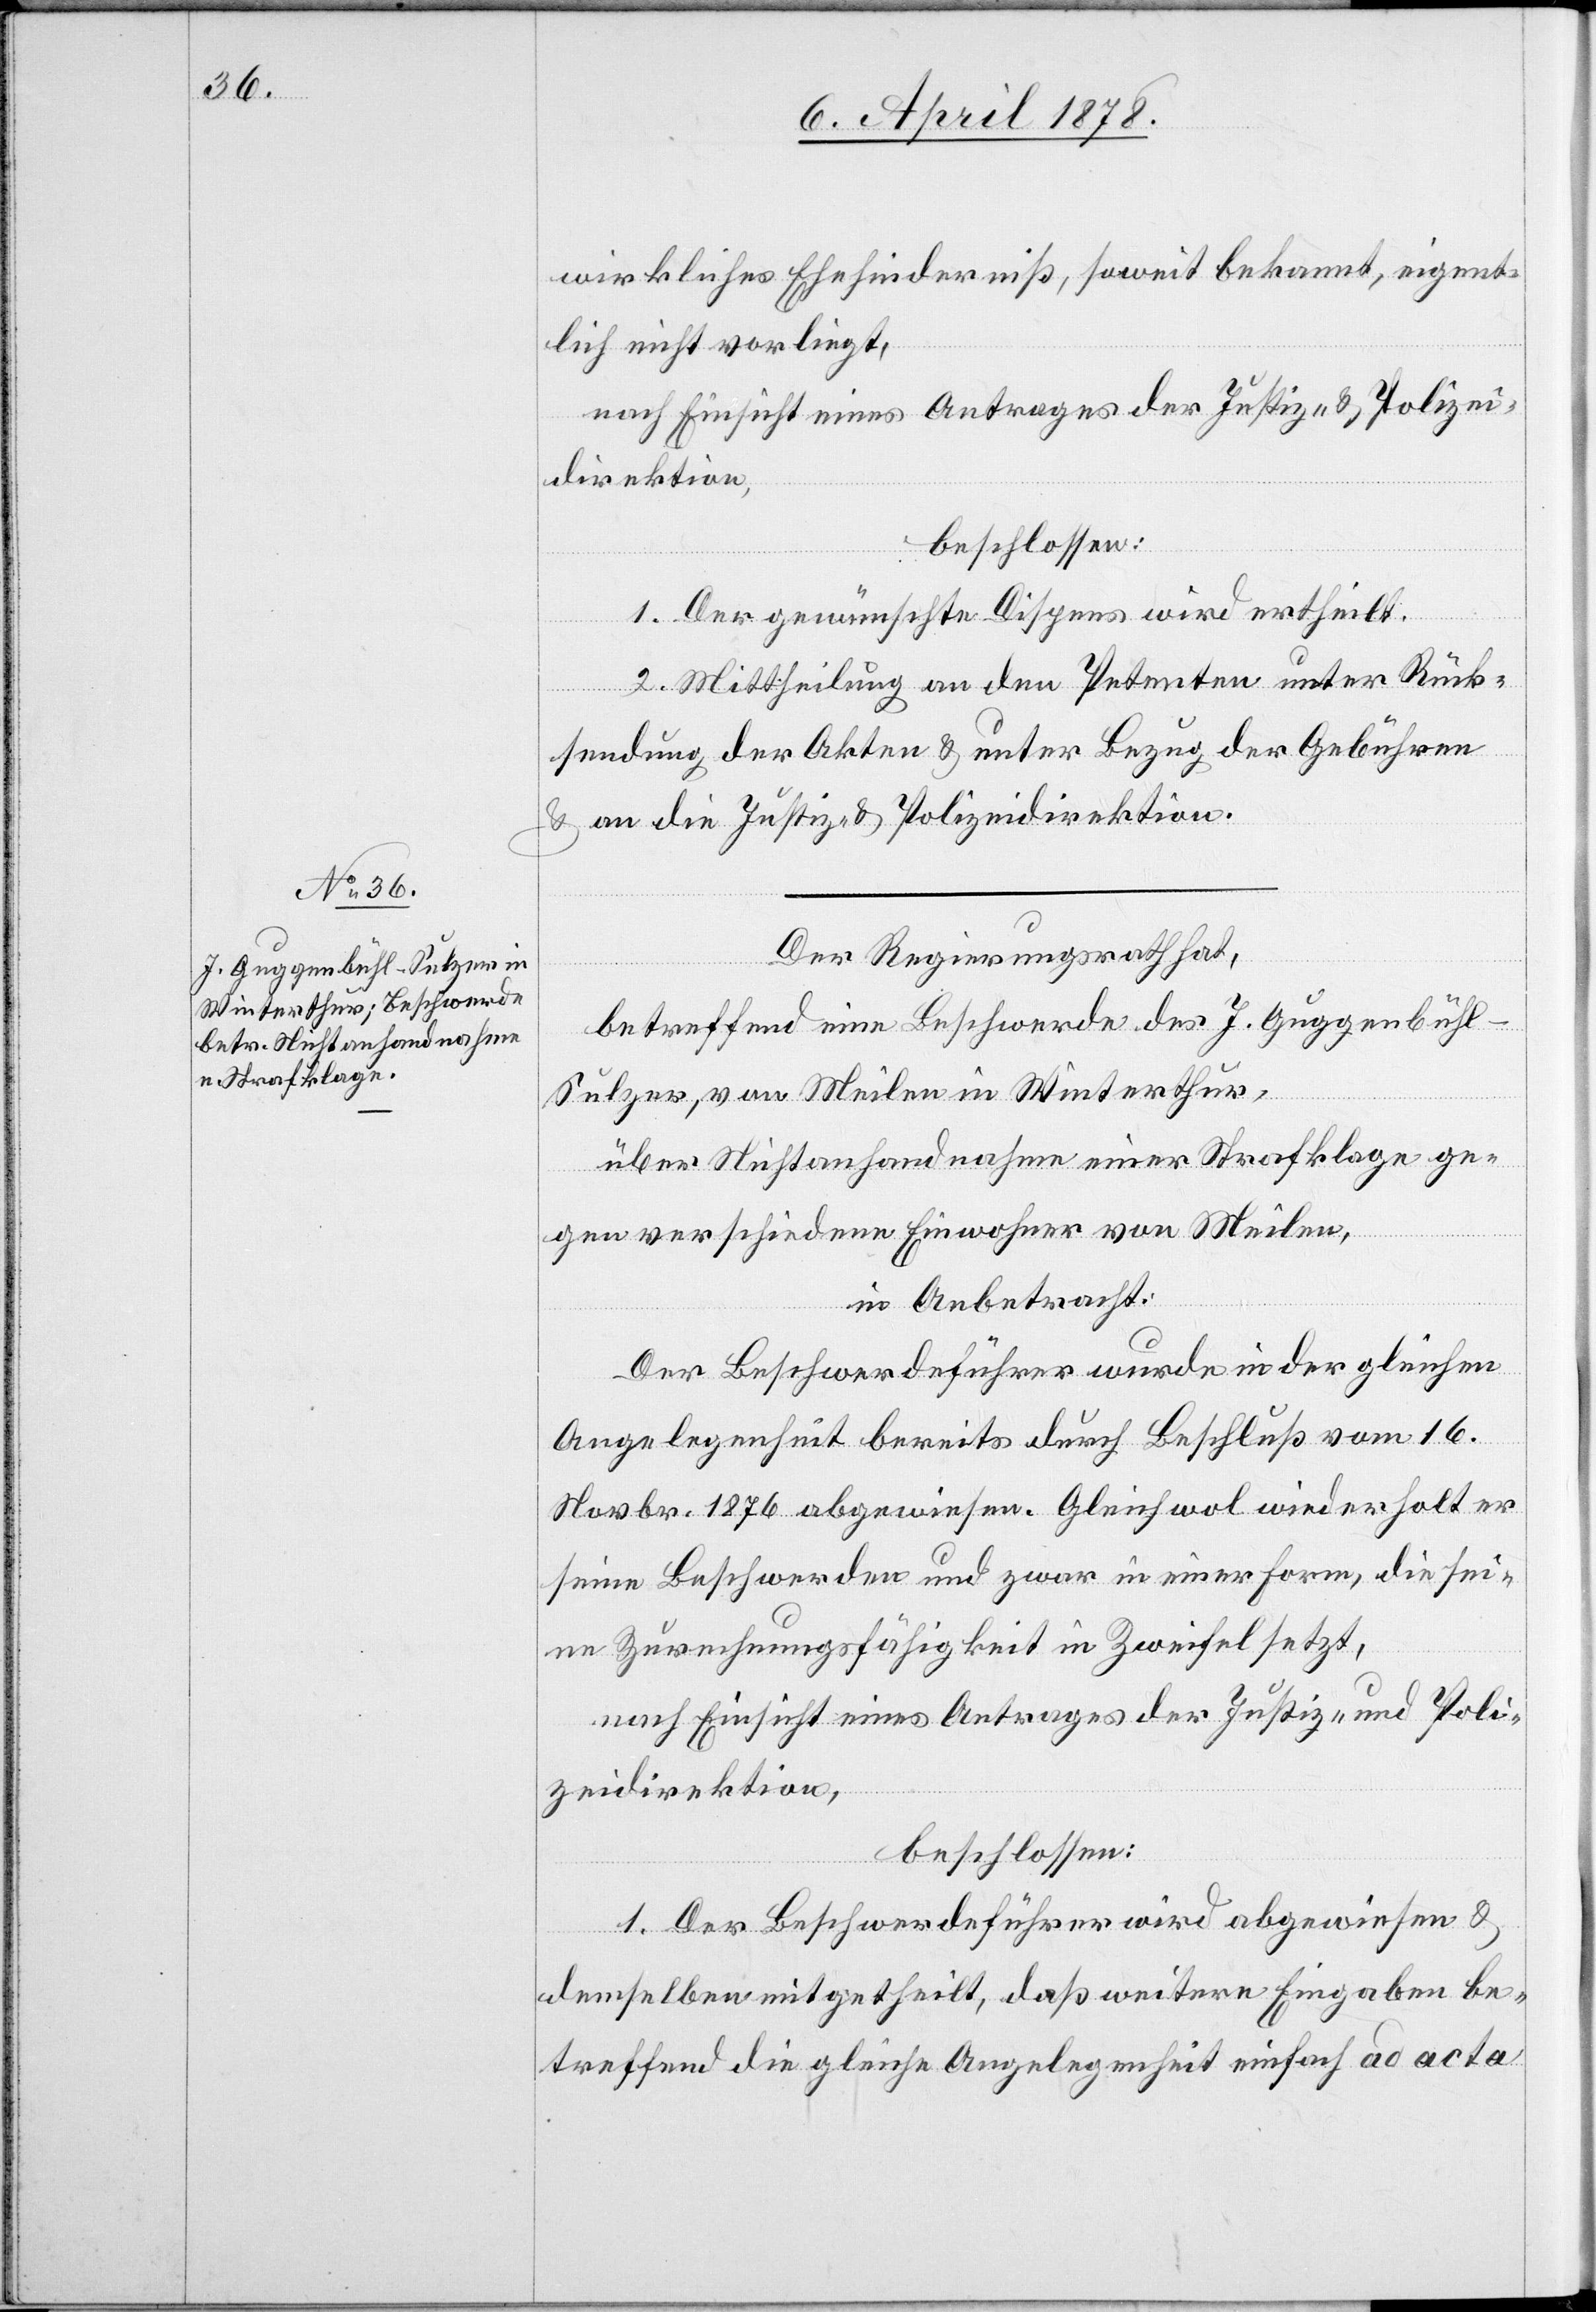
wirkliches Ehehinderniß, soweit bekannt, eigent¬
lich nicht vorliegt,
nach Einsicht eines Antrages der Justiz- & Polizei¬
direktion,
beschlossen:
1. Der gewünschte Dispens wird ertheilt.
2. Mittheilung an den Petenten unter Rück¬
sendung der Akten & unter Bezug der Gebühren
& an die Justiz- & Polizeidirektion.
Der Regierungsrath hat,
betreffend eine Beschwerde des J. Guggenbüh¬
l-Sulzer, von Meilen in Winterthur,
über Nichtanhandnahme einer Strafklage ge¬
gen verschiedene Einwohner von Meilen,
in Anbetracht:
Der Beschwerdeführer wurde in der gleichen
Angelegenheit bereits durch Beschluß vom 16.
Novbr. 1876 abgewiesen. Gleichwol wiederholt er
seine Beschwerden und zwar in einer Form, die sei¬
ne Zurechnungsfähigkeit in Zweifel setzt,
nach Einsicht eines Antrages der Justiz- und Poli¬
zeidirektion,
beschlossen:
1. Der Beschwerdeführer wird abgewiesen &
demselben mitgetheilt, daß weitere Eingaben be¬
treffend die gleiche Angelegenheit einfach ad acta